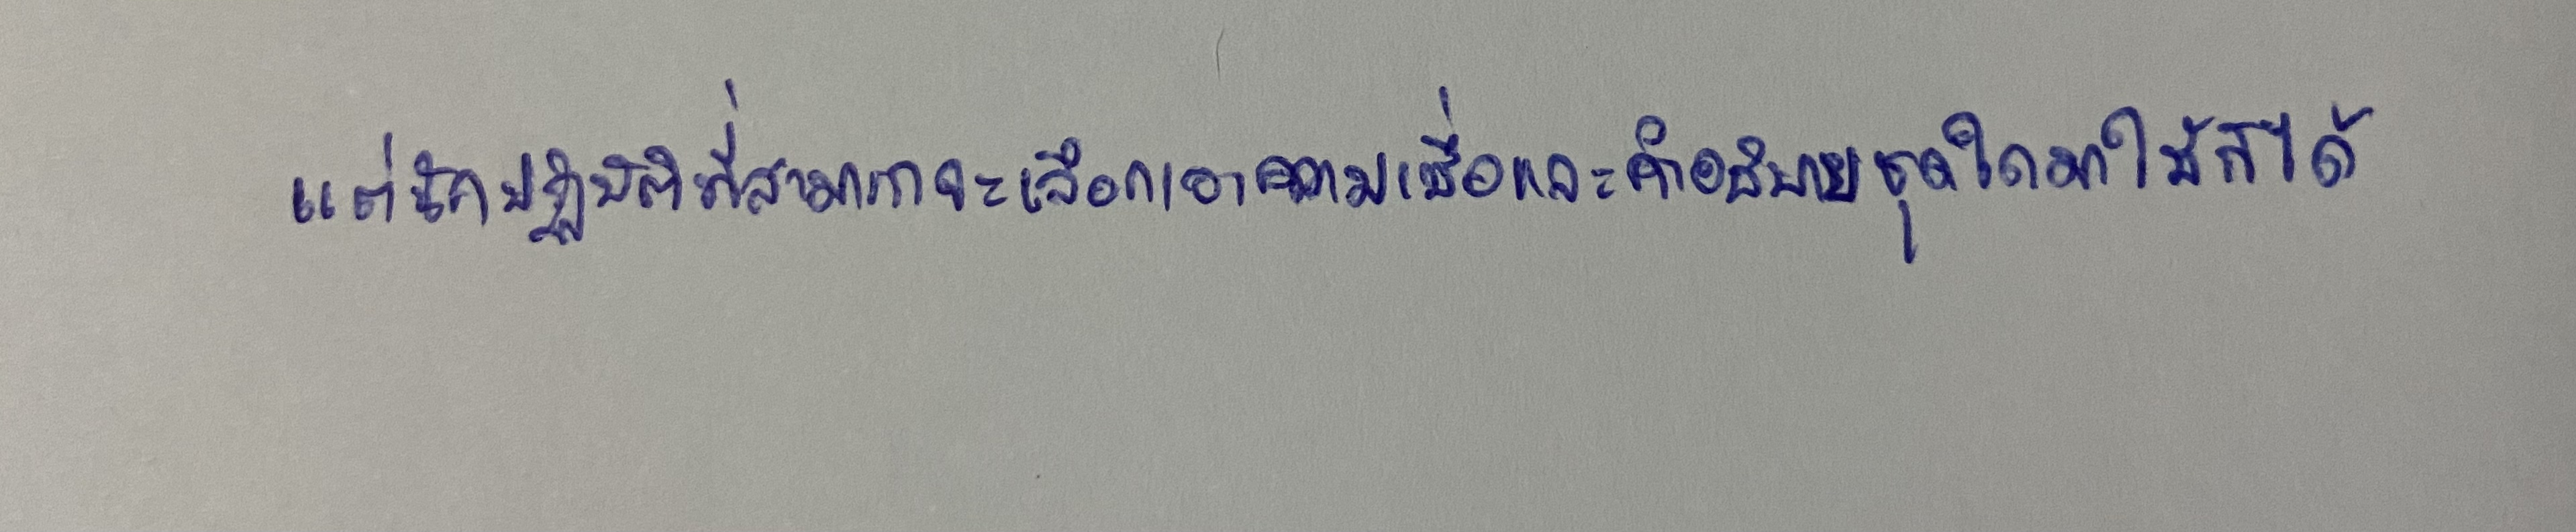
แต่เป็นนักปฏิบัติที่สามารถจะเลือกเอาความเชื่อและคำอธิบายชุดใดมาใช้ก็ได้